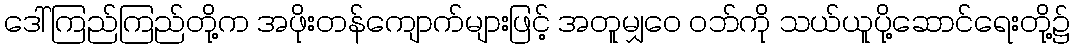
ဒေါ်ကြည်ကြည်တို့က အဖိုးတန်ကျောက်များဖြင့် အတူမျှဝေ ဝဘ်ကို သယ်ယူပို့ဆောင်ရေးတို့၌